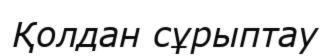
Қолдан сұрыптау